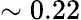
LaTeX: \sim 0.22